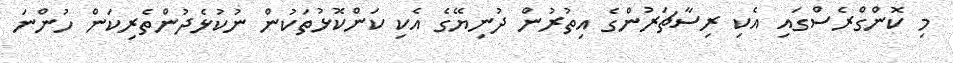
މި ކޮންގްރެސްގައި އެކި ރިސާޗަރުންގެ އިތުރުން ދުނިޔޭގެ އެކި ކަންކޮޅުތަކުން ނުކުޅެދުންތެރިކަން ހުންނަ